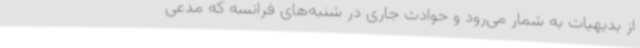
از بدیهیات به شمار می‌رود و حوادث جاری در شنبه‌های فرانسه که مدعی